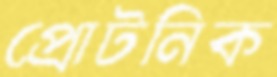
প্রোটনিক